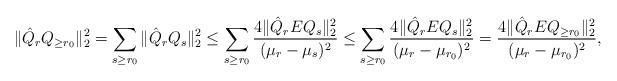
LaTeX: \begin{align*}\|\hat Q_rQ_{\geq r_0}\|_2^2=\sum_{s\geq r_0}\|\hat Q_rQ_s\|_2^2&\leq \sum_{s\geq r_0}\frac{4\|\hat Q_rE Q_s\|_2^2}{(\mu_r-\mu_s)^2}\leq \sum_{s\geq r_0}\frac{4\|\hat Q_rE Q_s\|_2^2}{(\mu_r-\mu_{r_0})^2}=\frac{4\|\hat Q_rEQ_{\geq r_0}\|_2^2}{(\mu_r-\mu_{r_0})^2},\end{align*}